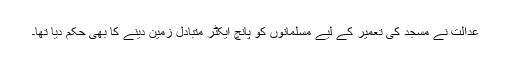
عدالت نے مسجد کی تعمیر کے لیے مسلمانوں کو پانچ ایکٹر متبادل زمین دینے کا بھی حکم دیا تھا۔